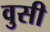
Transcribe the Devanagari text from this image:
वुसी